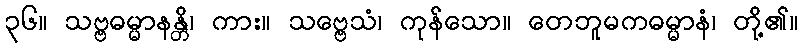
၃၆။ သဗ္ဗဓမ္မာနန္တိ၊ ကား။ သဗ္ဗေသံ၊ ကုန်သော။ တေဘူမကဓမ္မာနံ၊ တို့၏။